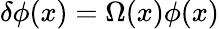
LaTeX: \delta\phi(x)=\Omega(x)\phi(x)